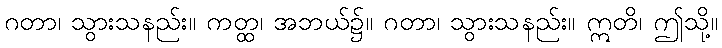
ဂတာ၊ သွားသနည်း။ ကတ္ထ၊ အဘယ်၌။ ဂတာ၊ သွားသနည်း။ ဣတိ၊ ဤသို့။